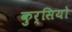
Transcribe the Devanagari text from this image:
कुर्सियो